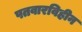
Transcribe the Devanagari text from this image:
पतवारविहीन